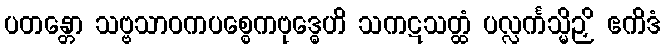
ပတန္တော သဗ္ဗသာဝကပစ္စေကဗုဒ္ဓေဟိ သကဋသတ္ထံ ပလ္လင်္ကသ္မိဉှိ ဧကိဒံ